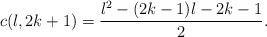
LaTeX: \begin{align*} c(l,2k+1)=\frac{l^2-(2k-1)l-2k-1}{2}.\end{align*}